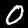
Digit: 0